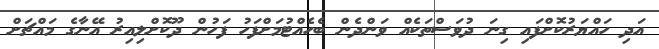
އަދި ހައްޔަރުކޮށްފައި ގިނަ ދުވަސްތަކެއް ވަންދެން ބެހެއްޓުމަށްފަހު ފަހުން ދޫކޮށްލިއިރު އޭނާގެ މައްޗަށް